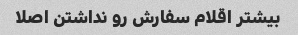
بیشتر اقلام سفارش رو نداشتن اصلا